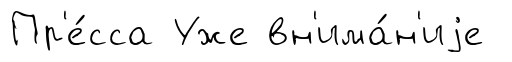
Пр'е́сса Уже вн'има́н'иjе